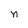
Character: n